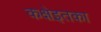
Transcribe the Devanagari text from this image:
कक्षेइतका